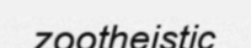
zootheistic